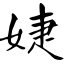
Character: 婕